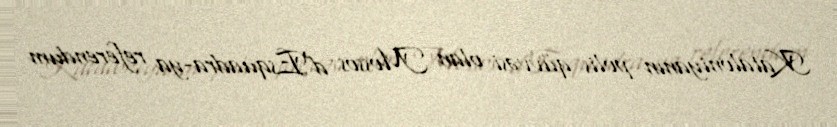
Kataloniyanın polis qüvvəsi olan Mossos d'Esquadra-ya referendum